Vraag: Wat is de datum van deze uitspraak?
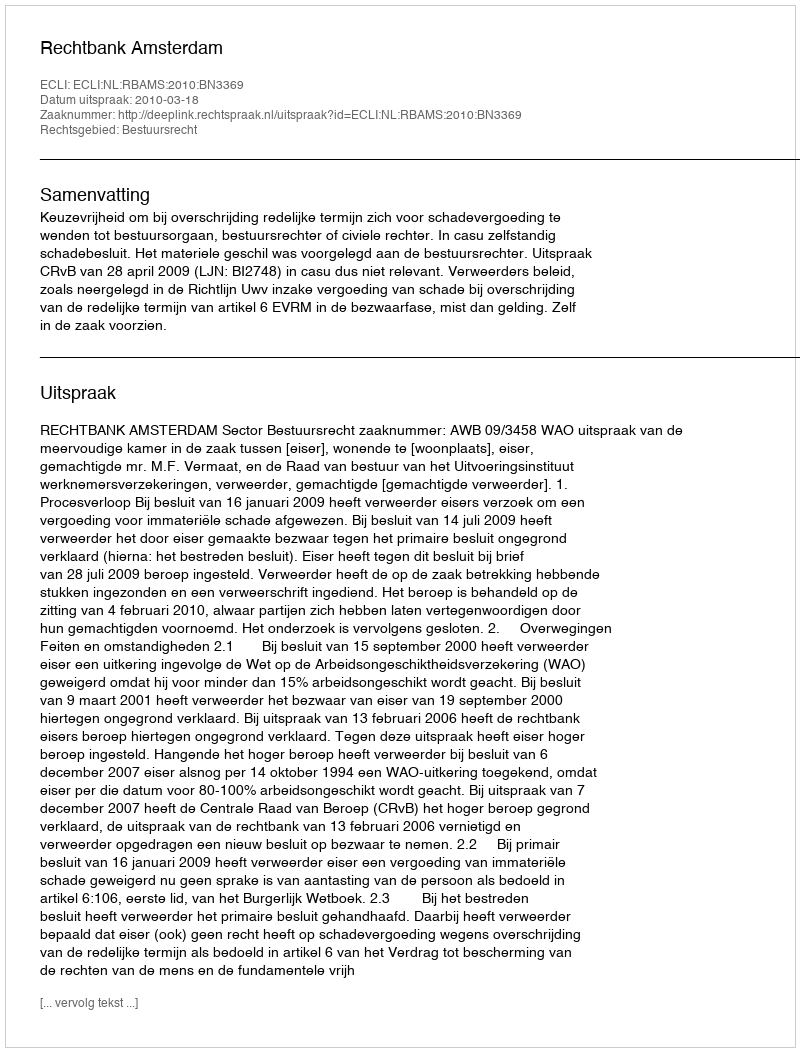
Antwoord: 2010-03-18